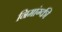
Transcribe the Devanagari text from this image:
निमांग्की